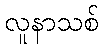
လူနာသစ်